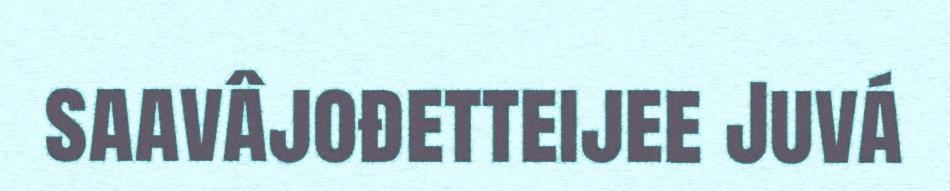
saavâjođetteijee Juvá